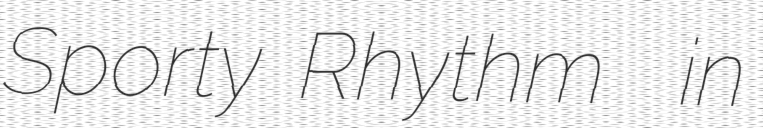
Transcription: Sporty Rhythm  in